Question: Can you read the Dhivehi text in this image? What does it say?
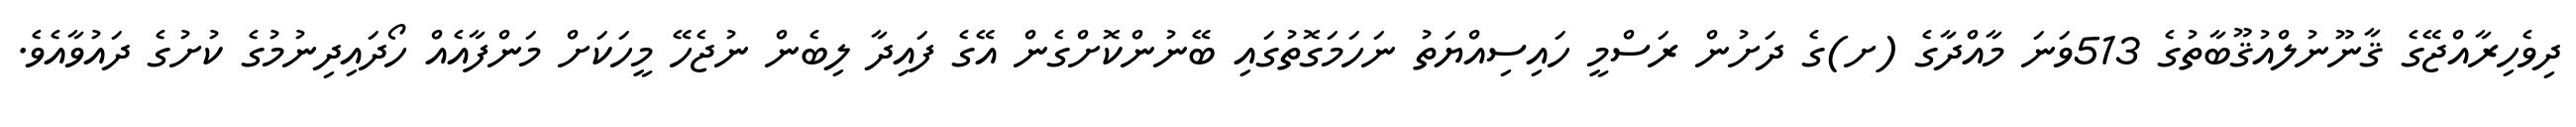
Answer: ދިވެހިރާއްޖޭގެ ޤާނޫނުލްއުޤޫބާތުގެ 513ވަނަ މާއްދާގެ (ށ)ގެ ދަށުން ރަސްމީ ހައިސިއްޔަތު ނަހަމަގޮތުގައި ބޭނުންކޮށްގެން އޭގެ ފައިދާ ލިބެން ނުޖެހޭ މީހަކަށް މަންފާއެއް ހޯދައިދިނުމުގެ ކުށުގެ ދައުވާއެވެ.